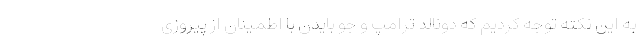
به این نکته توجه کردیم که دونالد ترامپ و جو بایدن با اطمینان از پیروزی